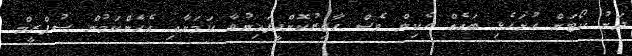
ދަށު ކޯޓަށް ހުށަހެޅި ބައެއް ހެކިން ވެސް ހާޒިރުކޮށްދީފައިނުވާ ކަމަށާއި އެހެންކަމުން ސުޕްރީމް